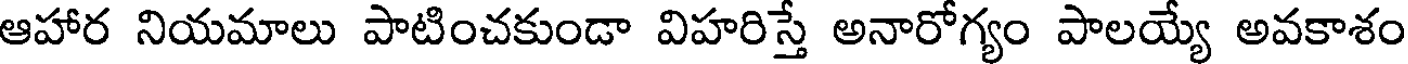
ఆహార నియమాలు పాటించకుండా విహరిస్తే అనారోగ్యం పాలయ్యే అవకాశం